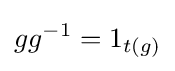
gg^{-1}=1_{t(g)}